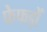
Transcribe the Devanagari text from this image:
फेफड़ोँ